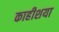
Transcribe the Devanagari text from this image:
काहीशया